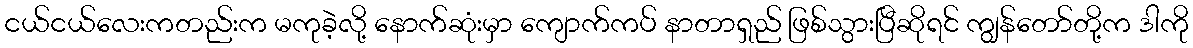
ငယ်ငယ်လေးကတည်းက မကုခဲ့လို့ နောက်ဆုံးမှာ ကျောက်ကပ် နာတာရှည် ဖြစ်သွားပြီဆိုရင် ကျွန်တော်တို့က ဒါကို